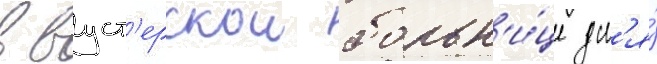
в вуст'ерскои больн'и́це дл'я́